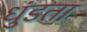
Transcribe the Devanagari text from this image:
धुंडता